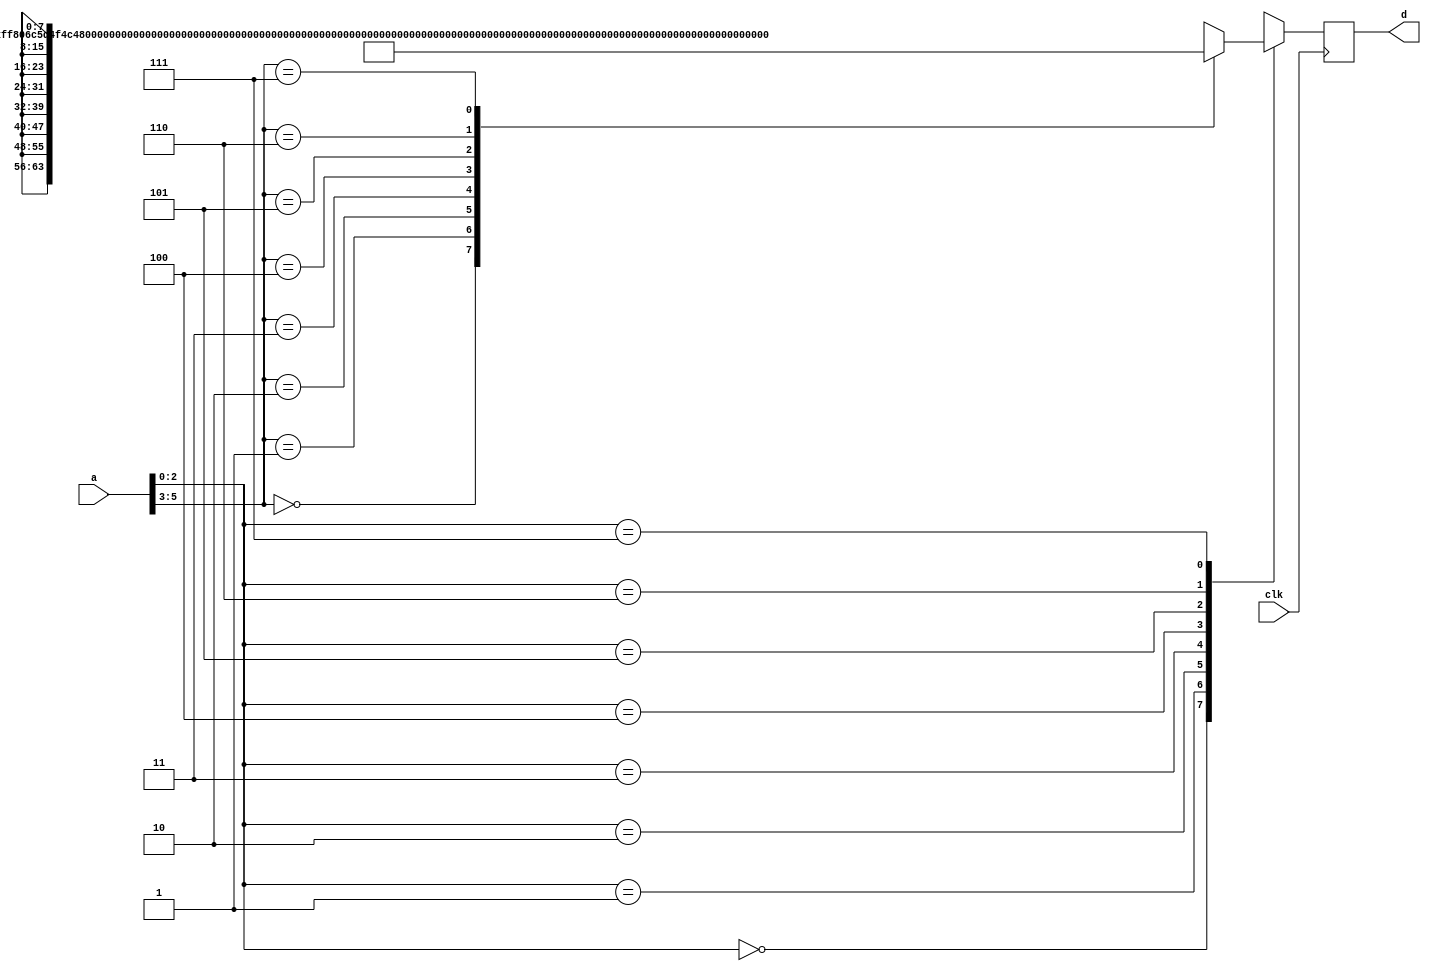
module romq (
    input clk,
    input [5:0] a,
    output reg [7:0] d
);

// Declare internal registers and wires.
reg [7:0] d_next;
reg [63:0] mem [7:0]; // ROM organized as 8x64 bits
reg [7:0] byte_data [7:0]; // Read byte-by-byte.

wire [63:0] mem_data; // Intermediate wire for memory data

// ROM content initialized with inverse quantization values
wire [63:0] loc0 = 64'hFF806C5D4F4C473C;
wire [63:0] loc1 = 64'h80805D554C473C37;
wire [63:0] loc2 = 64'h6C5D4F4C473C3C36;
wire [63:0] loc3 = 64'h5D5D4F4C473C3733;
wire [63:0] loc4 = 64'h5D4F4C47403B332B;
wire [63:0] loc5 = 64'h4F4C47403B332B23;
wire [63:0] loc6 = 64'h4F4C473C362D251E;
wire [63:0] loc7 = 64'h4C473B362D251E19;

// Load ROM content into memory
always @(loc0 or loc1 or loc2 or loc3 or loc4 or loc5 or loc6 or loc7) begin
    mem[0] = loc0;
    mem[1] = loc1;
    mem[2] = loc2;
    mem[3] = loc3;
    mem[4] = loc4;
    mem[5] = loc5;
    mem[6] = loc6;
    mem[7] = loc7;
end

// Split 64-bit memory data into bytes
always @(mem_data) begin
    byte_data[0] = mem_data[63:56]; // MSB is assigned as LSB
    byte_data[1] = mem_data[55:48];
    byte_data[2] = mem_data[47:40];
    byte_data[3] = mem_data[39:32];
    byte_data[4] = mem_data[31:24];
    byte_data[5] = mem_data[23:16];
    byte_data[6] = mem_data[15:8];
    byte_data[7] = mem_data[7:0]; // LSB is assigned as MSB
end

assign mem_data = mem[a[5:3]]; // Get 64 bits data
assign d_next = byte_data[a[2:0]]; // Get byte data

// Register byte data on clock edge
always @(posedge clk) begin
    d <= d_next;
end

endmodule